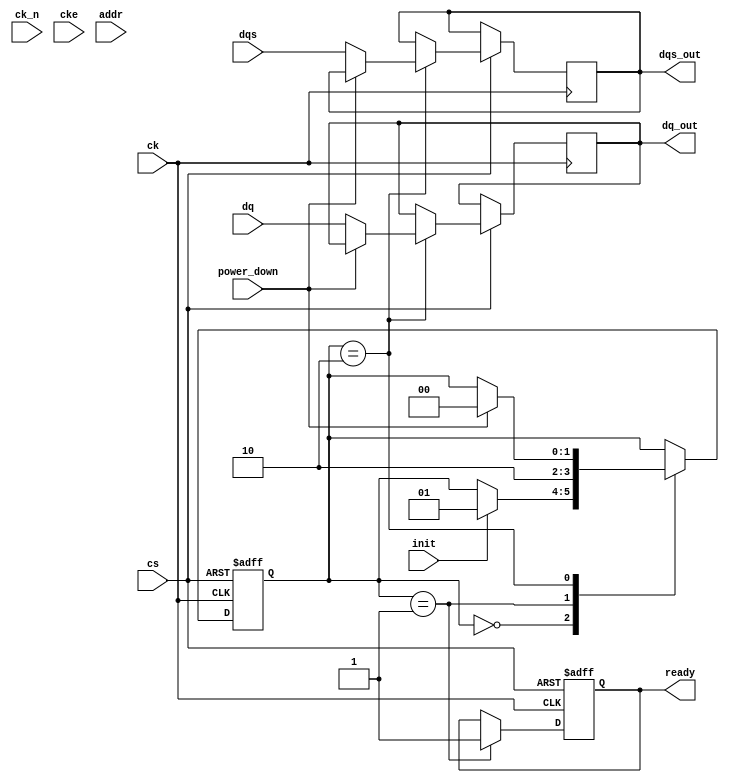
module gddr5x_io_block (
    // Interface Signals
    input wire [31:0] dq,          // Data lines (DQ)
    input wire [3:0] dqs,          // Data strobe signals (DQS)
    input wire ck,                 // Clock signal (CK)
    input wire ck_n,               // Inverted clock signal (CK#)
    input wire cs,                 // Chip Select (CMD)
    input wire cke,                // Clock Enable (CMD)
    input wire [15:0] addr,        // Address signals (ADDR)
    output reg [31:0] dq_out,      // Data output
    output reg [3:0] dqs_out,      // Data strobe output
    // Power Management
    input wire power_down,         // Power down signal
    // Initialization and Configuration
    input wire init,               // Initialization signal
    output reg ready               // Ready signal
);

// Parameters
parameter DATA_RATE = 14;          // 14 Gbps data rate
parameter IOVOLTAGE = 1.35;        // I/O voltage level

// Timing Control
reg [3:0] timing_control;           // Example timing control register

// Internal state
reg [1:0] state;
localparam IDLE       = 2'b00;
localparam INIT       = 2'b01;
localparam ACTIVE     = 2'b10;

// Initialization Process
always @(posedge ck or negedge cs) begin
    if (!cs) begin
        state <= IDLE;
        ready <= 0;
    end else begin
        case(state)
            IDLE: begin
                if (init) begin
                    state <= INIT;
                end
            end
            INIT: begin
                // Perform initialization steps
                // Example: Set timing_control based on parameters
                timing_control <= 4'b1111; // Some example value
                ready <= 1;
                state <= ACTIVE;
            end
            ACTIVE: begin
                if (power_down) begin
                    state <= IDLE; // go back to idle state
                end else begin
                    // Perform read/write operations based on addr and control signals
                    dq_out <= dq; // Simple assignment for example
                    dqs_out <= dqs; // Pass through for example
                end
            end
        endcase
    end
end

// DQS Phase Alignment Logic
// This is a simplification; typically involves more complex synchronization logic
always @(posedge ck) begin
    // Add logic for DQS phase alignment with DQ
end

// Error Correction Code (ECC) Example
// Placeholder for ECC logic
always @(posedge ck) begin
    // Implement ECC handling here
end

endmodule